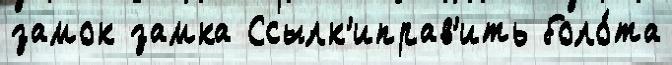
замок замка Ссылк'иправ'ить боло́та